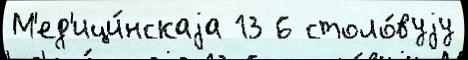
М'ед'ици́нскаjа 13 6 столо́вуjу